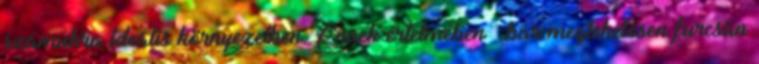
számukra ideális környezetben. Ennek értelmében – bár meglehetősen furcsán